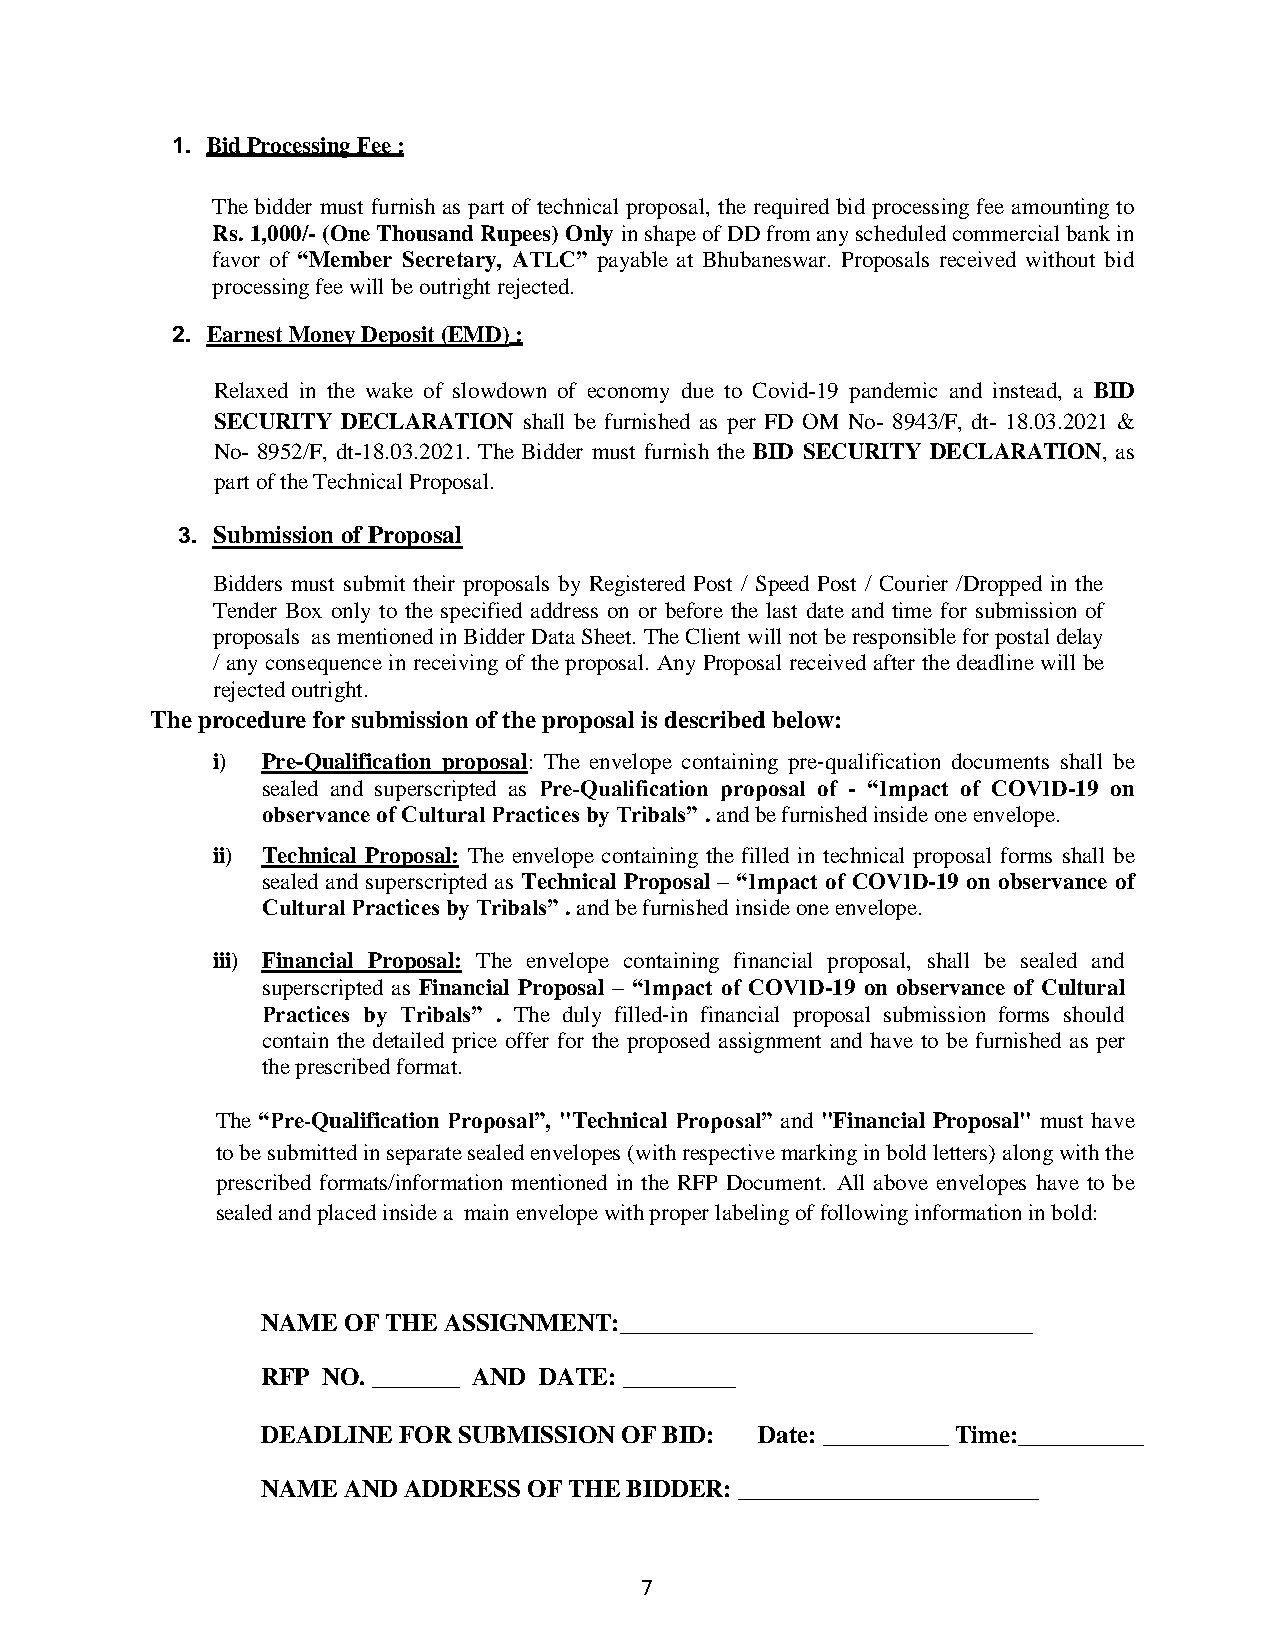
1. Bid Processing Fee :
 The bidder must furnish as part of technical proposal, the required bid processing fee amounting to
 Rs. 1,000/- (One Thousand Rupees) Only in shape of DD from any scheduled commercial bank in
 favor of “Member Secretary, ATLC” payable at Bhubaneswar. Proposals received without bid
 processing fee will be outright rejected.
 2. Earnest Money Deposit (EMD) :
 Relaxed in the wake of slowdown of economy due to Covid-19 pandemic and instead, a BID
 SECURITY DECLARATION shall be furnished as per FD OM No- 8943/F, dt- 18.03.2021 &
 No- 8952/F, dt-18.03.2021. The Bidder must furnish the BID SECURITY DECLARATION, as
 part of the Technical Proposal.
 3. Submission of Proposal
 Bidders must submit their proposals by Registered Post / Speed Post / Courier /Dropped in the
 Tender Box only to the specified address on or before the last date and time for submission of
 proposals as mentioned in Bidder Data Sheet. The Client will not be responsible for postal delay
 / any consequence in receiving of the proposal. Any Proposal received after the deadline will be
 rejected outright.
 The procedure for submission of the proposal is described below:
 i) Pre‐Qualification proposal: The envelope containing pre‐qualification documents shall be
 sealed and superscripted as Pre‐Qualification proposal of - “Impact of COVID-19 on
 observance of Cultural Practices by Tribals” . and be furnished inside one envelope.
 ii) Technical Proposal: The envelope containing the filled in technical proposal forms shall be
 sealed and superscripted as Technical Proposal – “Impact of COVID-19 on observance of
 Cultural Practices by Tribals” . and be furnished inside one envelope.
 iii) Financial Proposal: The envelope containing financial proposal, shall be sealed and
 superscripted as Financial Proposal – “Impact of COVID-19 on observance of Cultural
 Practices by Tribals” . The duly filled‐in financial proposal submission forms should
 contain the detailed price offer for the proposed assignment and have to be furnished as per
 the prescribed format.
 The “Pre‐Qualification Proposal”, "Technical Proposal” and "Financial Proposal" must have
 to be submitted in separate sealed envelopes (with respective marking in bold letters) along with the
 prescribed formats/information mentioned in the RFP Document. All above envelopes have to be
 sealed and placed inside a main envelope with proper labeling of following information in bold:
 NAME  OF THE ASSIGNMENT:_________________________________
 RFP NO. _______ AND DATE: _________
 DEADLINE FOR SUBMISSION OF BID:  Date: __________ Time:__________
 NAME  AND ADDRESS OF THE BIDDER: ________________________
 7